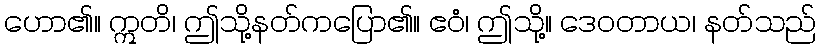
ဟော၏။ ဣတိ၊ ဤသို့နတ်ကပြော၏။ ဧဝံ၊ ဤသို့။ ဒေဝတာယ၊ နတ်သည်